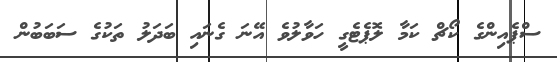
ސްޕެއިންގެ ކޯޗް ކަމާ ލޮޕެޓެގީ ހަވާލުވެ އޭނަ ގެނައި ބަދަލު ތަކުގެ ސަބަބުން